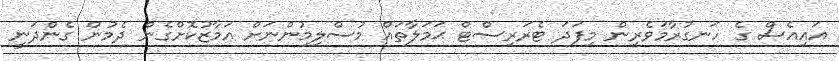
އައިއެސް ގެ ހަނގުރާމަވެރިން މިފަދަ ޓެރަރިސްޓް ޙަމަލާތައް މުސްލިމުންނަށް އަމާޒުކޮށްގެން ދެމުން ގެންދަނީ